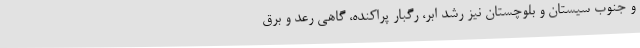
و جنوب سیستان و بلوچستان نیز رشد ابر، رگبار پراکنده، گاهی رعد و برق